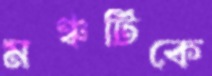
মঞ্চটিকে